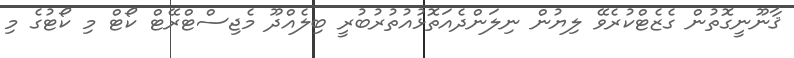
ޤާނޫނީގޮތުން ގެޒެޓްކުރެވޭ ލިޔުން ނިލަންދެއަތޮޅުއުތުރުބުރީ ބިލެއްދޫ މެޖިސްޓްރޭޓް ކޯޓް މި ކޯޓުގެ މި